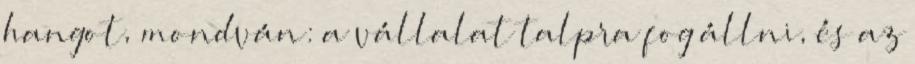
hangot, mondván: a vállalat talpra fog állni, és az